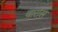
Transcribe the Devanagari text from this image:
वार्रोस